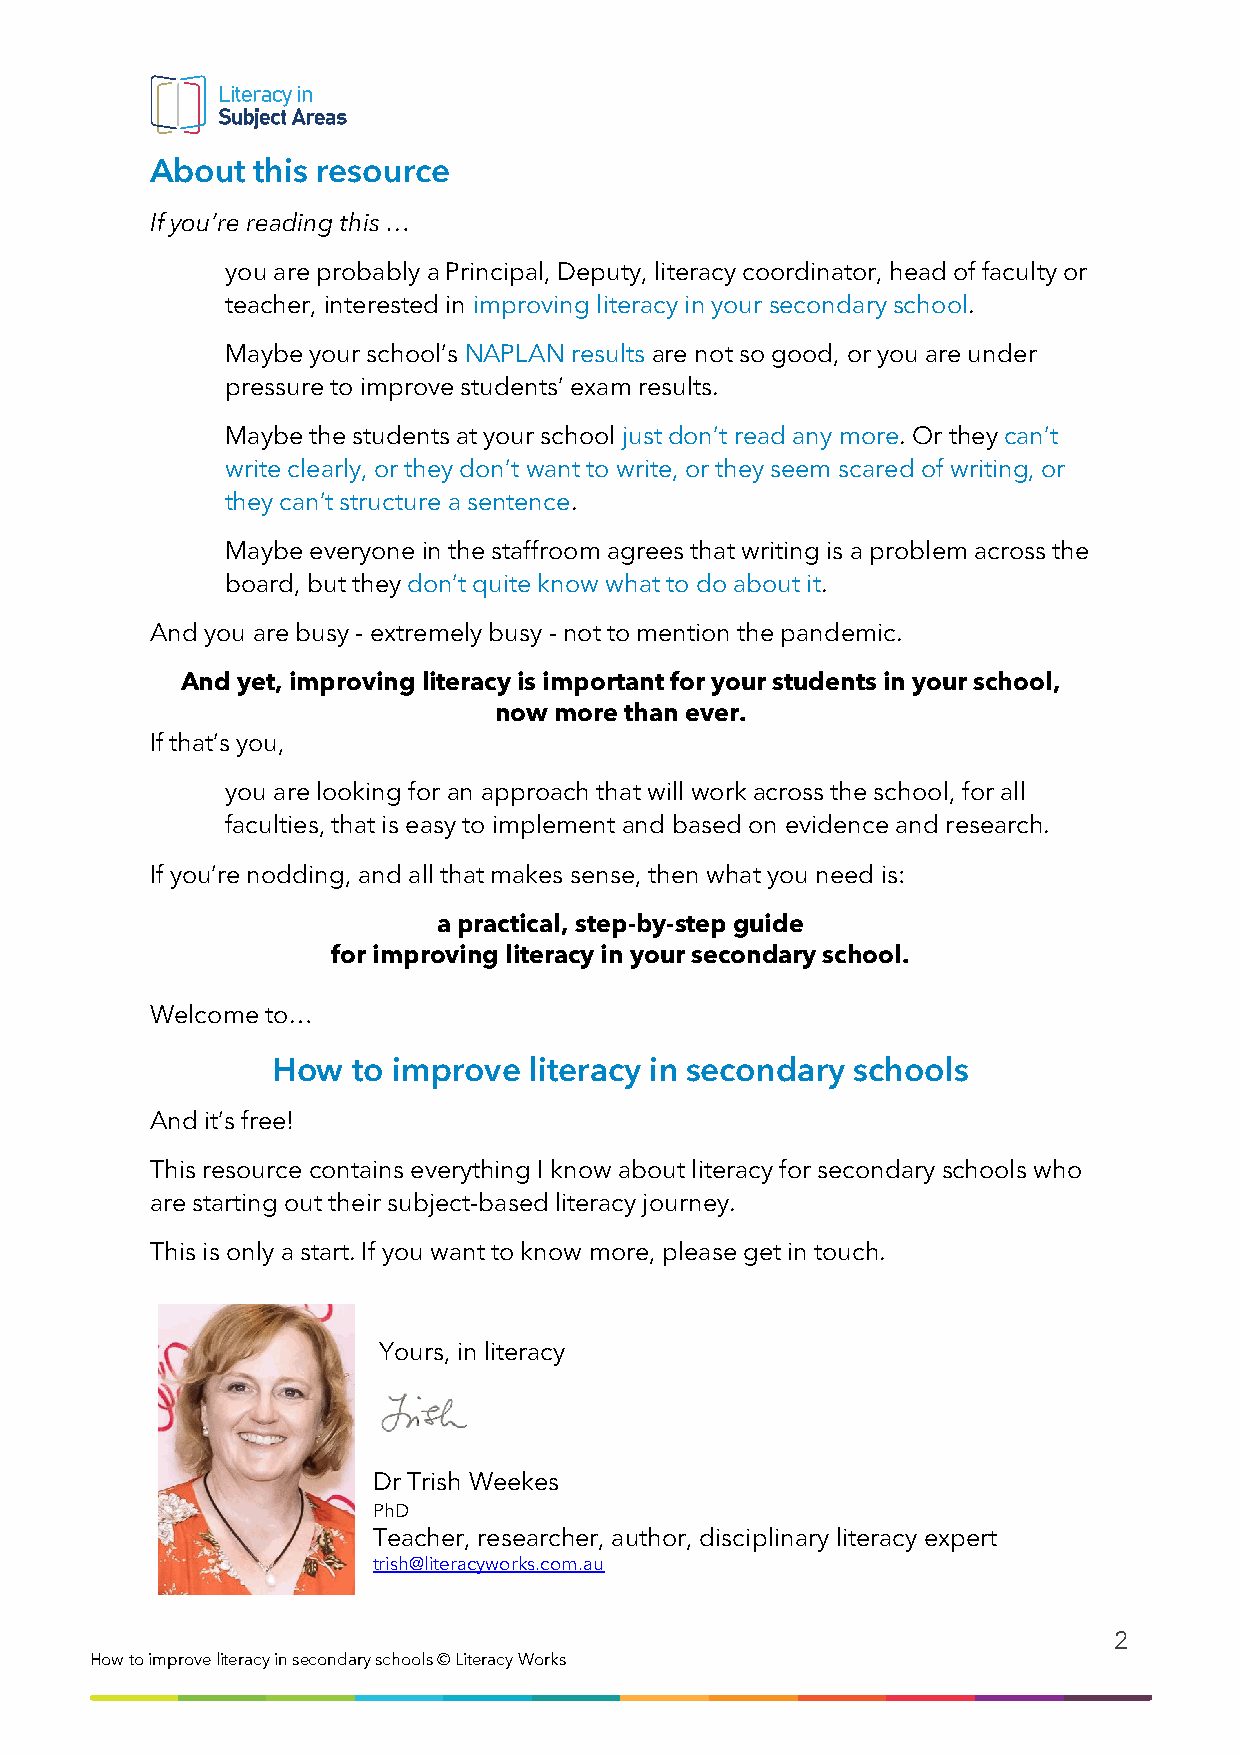
About  this resource
 If you’re reading this …
 you are probably a Principal, Deputy, literacy coordinator, head of faculty or
 teacher, interested in improving literacy in your secondary school.
 Maybe your school’s NAPLAN results are not so good, or you are under
 pressure to improve students’ exam results.
 Maybe the students at your school just don’t read any more. Or they can’t
 write clearly, or they don’t want to write, or they seem scared of writing, or
 they can’t structure a sentence.
 Maybe everyone in the staffroom agrees that writing is a problem across the
 board, but they don’t quite know what to do about it.
 And you are busy - extremely busy - not to mention the pandemic.
 And yet, improving literacy is important for your students in your school,
 now more than ever.
 If that’s you,
 you are looking for an approach that will work across the school, for all
 faculties, that is easy to implement and based on evidence and research.
 If you’re nodding, and all that makes sense, then what you need is:
 a practical, step-by-step guide
 for improving literacy in your secondary school.
 Welcome to…
 How  to improve  literacy in secondary schools
 And it’s free!
 This resource contains everything I know about literacy for secondary schools who
 are starting out their subject-based literacy journey.
 This is only a start. If you want to know more, please get in touch.
 Yours, in literacy
 Dr Trish Weekes
 PhD
 Teacher, researcher, author, disciplinary literacy expert
 trish@literacyworks.com.au
 2
 How to i mprove literacy in secondary schools © Literacy Works